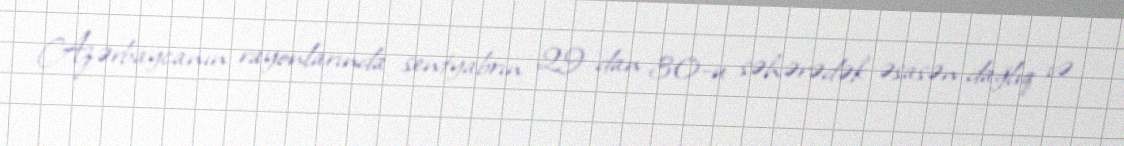
Azərbaycanın rayonlarında sentyabrın 29-dan 30-u səhərədək əsasən dağlıq və